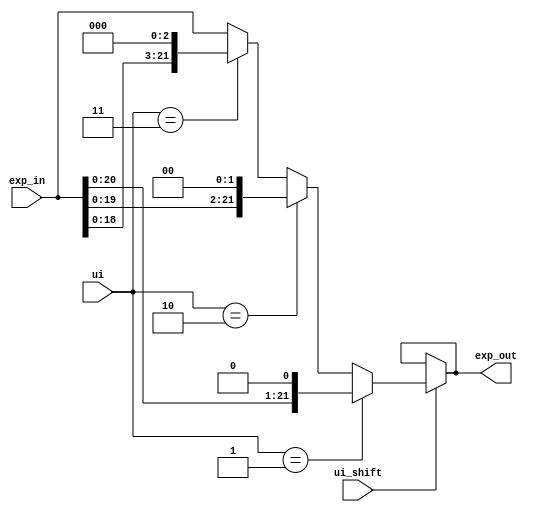
`timescale 1ps/1ps
module comb_shift(input[21:0] exp_in, input ui_shift, input[1:0]ui, output[21:0] exp_out);

assign exp_out =  (!ui_shift) ?   {exp_out} : 
		  (ui == 2'b01) ? (exp_in << 1) :
		  (ui == 2'b10) ? (exp_in << 2) :
		  (ui == 2'b11) ? (exp_in << 3) : {exp_in};
endmodule